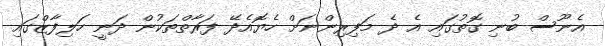
އެނޫސް ބުނި ގޮތުގައި އެ ދެ މަފިރިންނަށް ހެޔޮއެދޭ ފަރާތްތަކުން ދަނީ ހަލިފާޒްގައި